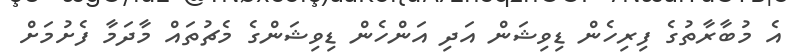
އެ މުބާރާތުގެ ފިރިހެން ޑިވިޝަން އަދި އަންހެން ޑިވިޝަންގެ މެޗުތައް މާދަމާ ފެށުމަށް